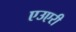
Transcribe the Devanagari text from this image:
एउएरी